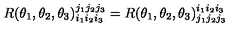
R ( \theta _ { 1 } , \theta _ { 2 } , \theta _ { 3 } ) _ { i _ { 1 } i _ { 2 } i _ { 3 } } ^ { j _ { 1 } j _ { 2 } j _ { 3 } } = R ( \theta _ { 1 } , \theta _ { 2 } , \theta _ { 3 } ) _ { j _ { 1 } j _ { 2 } j _ { 3 } } ^ { i _ { 1 } i _ { 2 } i _ { 3 } }